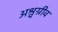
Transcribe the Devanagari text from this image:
अश्वग्रीव